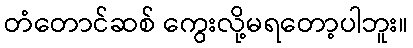
တံတောင်ဆစ် ကွေးလို့မရတော့ပါဘူး။